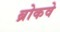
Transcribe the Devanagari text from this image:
ब्रोकवे